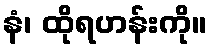
နံ၊ ထိုရဟန်းကို။